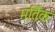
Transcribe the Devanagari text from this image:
मर्तिक